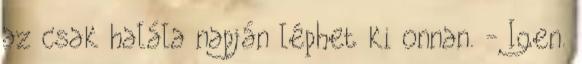
az csak halála napján léphet ki onnan. - Igen.